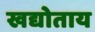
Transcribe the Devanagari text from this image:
खद्योताय